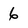
Character: 6